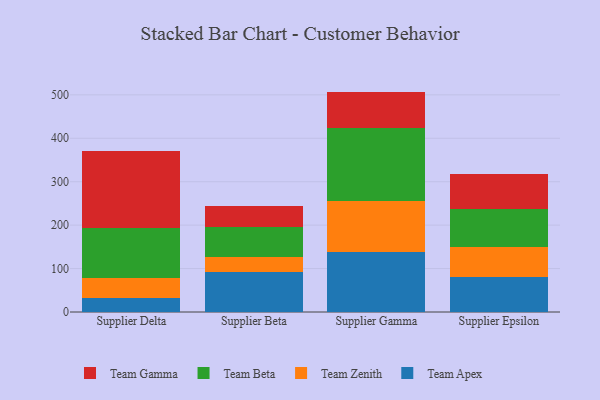
{"axis": {"x": "Supplier", "y": "Net Income (USD K)"}, "legend": ["Team Apex", "Team Beta", "Team Gamma", "Team Zenith"], "data": [{"x": "Supplier Delta", "y": 32.5, "type": "Team Apex"}, {"x": "Supplier Delta", "y": 45.4, "type": "Team Zenith"}, {"x": "Supplier Delta", "y": 116.4, "type": "Team Beta"}, {"x": "Supplier Delta", "y": 177.0, "type": "Team Gamma"}, {"x": "Supplier Beta", "y": 91.9, "type": "Team Apex"}, {"x": "Supplier Beta", "y": 35.0, "type": "Team Zenith"}, {"x": "Supplier Beta", "y": 68.1, "type": "Team Beta"}, {"x": "Supplier Beta", "y": 48.7, "type": "Team Gamma"}, {"x": "Supplier Gamma", "y": 138.2, "type": "Team Apex"}, {"x": "Supplier Gamma", "y": 118.5, "type": "Team Zenith"}, {"x": "Supplier Gamma", "y": 167.6, "type": "Team Beta"}, {"x": "Supplier Gamma", "y": 83.2, "type": "Team Gamma"}, {"x": "Supplier Epsilon", "y": 79.7, "type": "Team Apex"}, {"x": "Supplier Epsilon", "y": 68.9, "type": "Team Zenith"}, {"x": "Supplier Epsilon", "y": 89.5, "type": "Team Beta"}, {"x": "Supplier Epsilon", "y": 79.9, "type": "Team Gamma"}]}